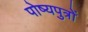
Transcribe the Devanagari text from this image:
पोष्यपुत्रों